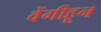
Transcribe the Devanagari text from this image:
वेंगीहून